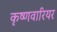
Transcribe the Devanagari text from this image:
कृष्णवारियर